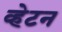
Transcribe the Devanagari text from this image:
व्हेटन